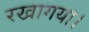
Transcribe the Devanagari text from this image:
रखागया।